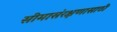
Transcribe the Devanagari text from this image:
सीमासंरक्षणासाठी